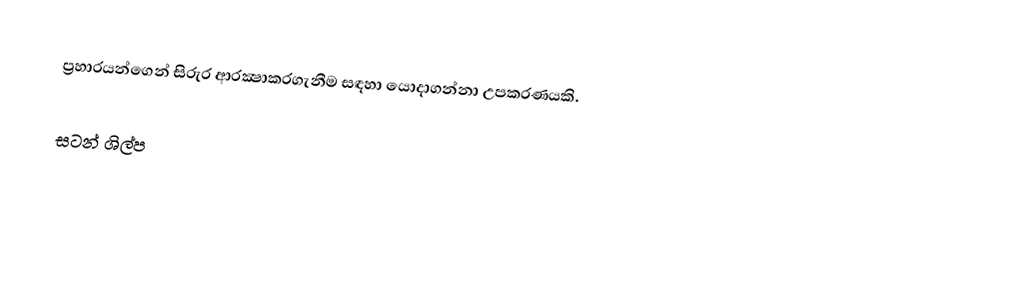
ප්‍රහාරයන්ගෙන් සිරුර ආරක්‍ෂාකරගැනීම සඳහා යොදාගන්නා උපකරණයකි.

සටන් ශිල්ප